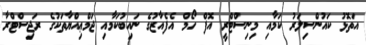
އަތޮޅު ކައުންސިލަރު ކަމާއި މިނިސްޓްރީ އޮފް ހޯމް އެފެއާޒުގެ ނައިބުކަމާއި ޖަމްޢިއްޔާތަކުގެ ރަޖިސްޓްރާ